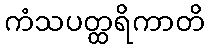
ကံသပတ္ထရိကာတိ